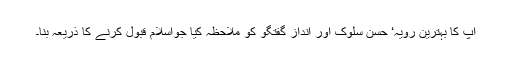
آپ کا بہترین رویہ‘ حسن سلوک اور انداز گفتگو کو ملاحظہ کیا جواسلام قبول کرنے کا ذریعہ بنا۔